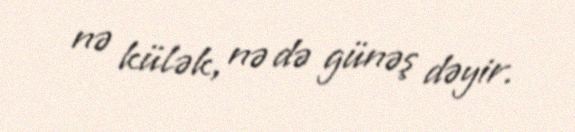
nə külək, nə də günəş dəyir.